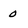
Character: 0